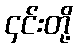
၄င်းတို့